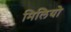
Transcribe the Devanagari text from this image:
मिलियो